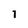
Character: 7